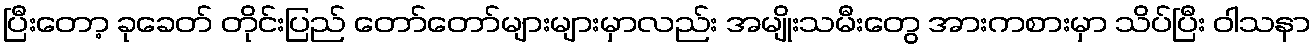
ပြီးတော့ ခုခေတ် တိုင်းပြည် တော်တော်များများမှာလည်း အမျိုးသမီးတွေ အားကစားမှာ သိပ်ပြီး ဝါသနာ